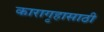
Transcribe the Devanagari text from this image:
कारागृहासाठी